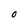
Character: 0